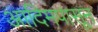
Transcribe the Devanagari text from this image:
आदिमपासून